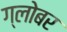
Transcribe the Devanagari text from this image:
ग्लोबर